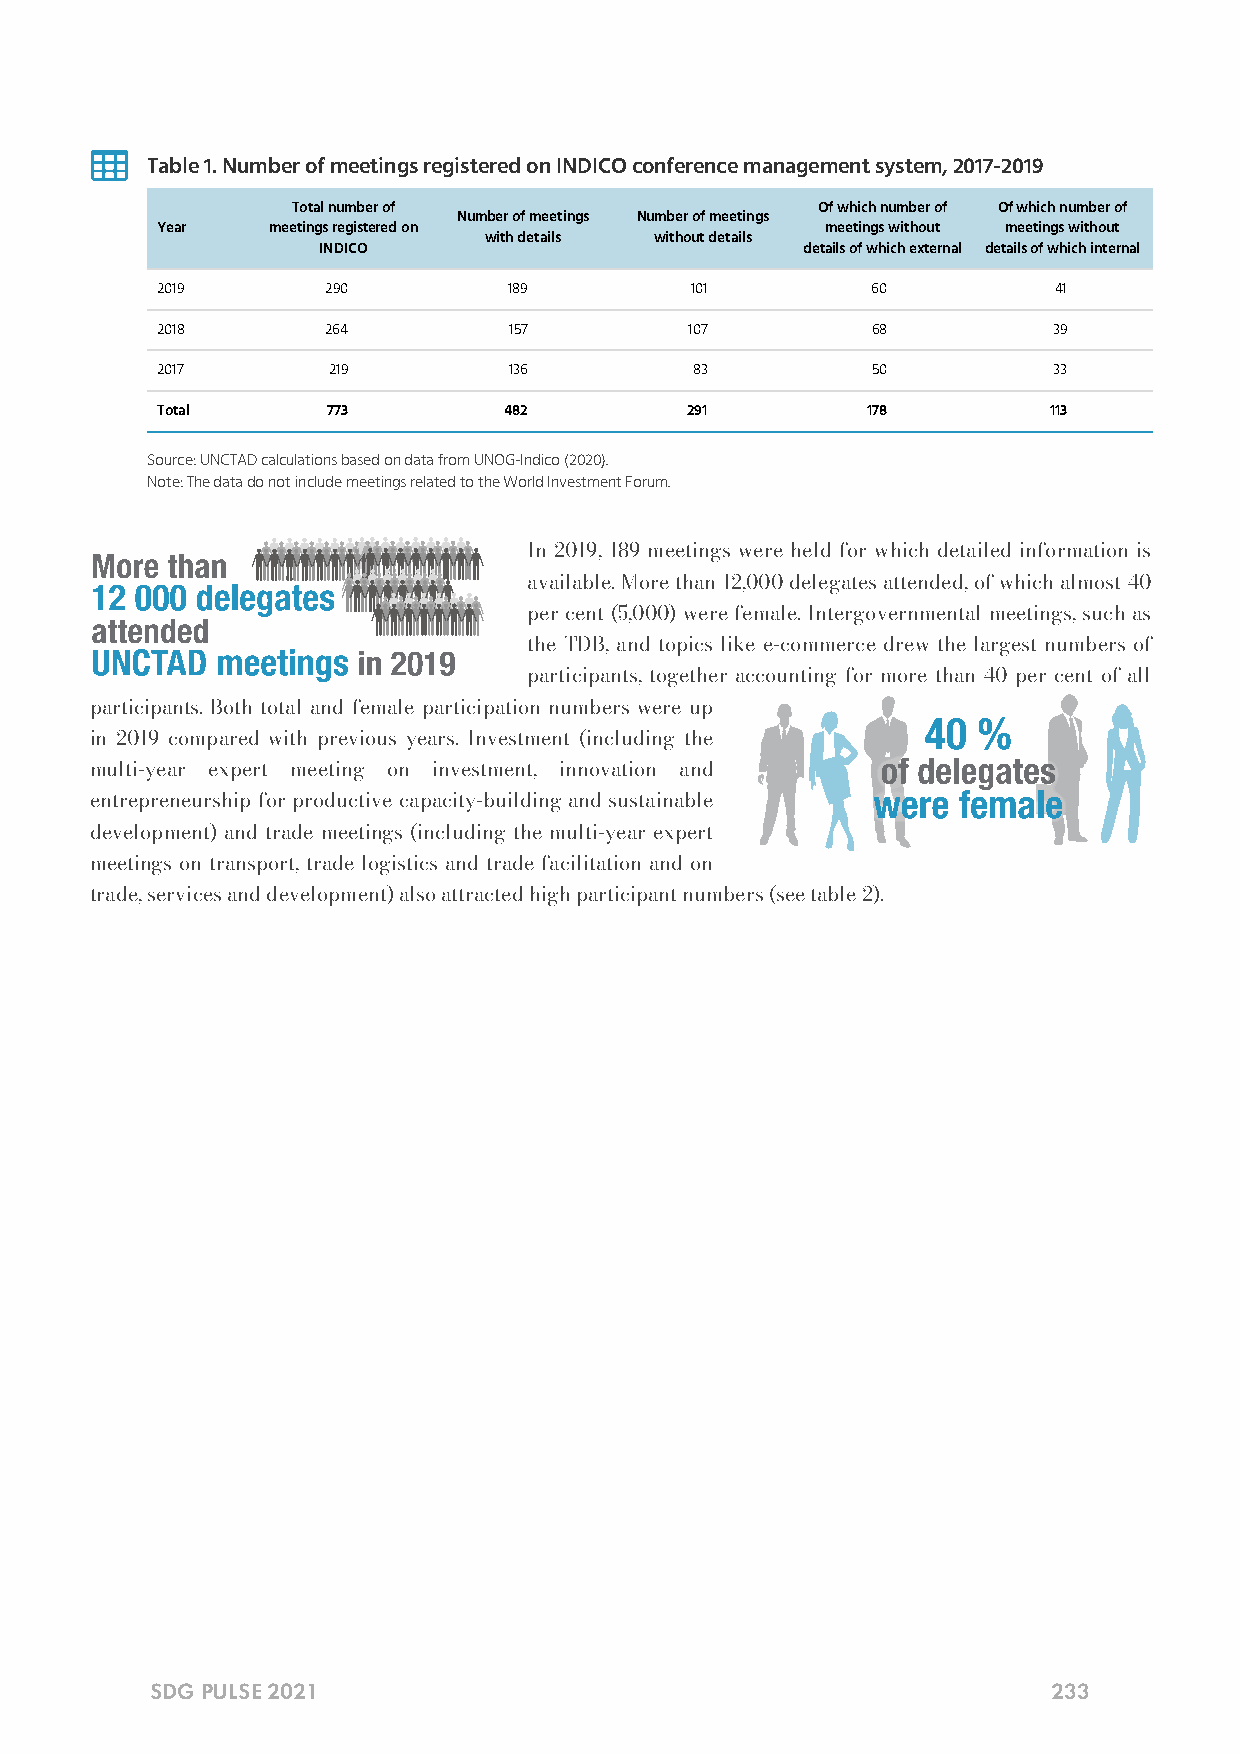

 Table 1. Number of meetings registered on INDICO conference management system, 2017-2019
 Total number of                    Of which number of Of which number of
 Number of meetings Number of meetings
 Year    meetings registered on               meetings without meetings without
 with details without details
 INDICO                          details of which external details of which internal
 2019        290         189         101         60          41
 2018        264         157         107         68          39
 2017        219         136         83          50          33
 Total       773        482         291         178         113
 Source: UNCTAD calculations based on data from UNOG-Indico (2020).
 Note: The data do not include meetings related to the World Investment Forum.
 In 2019, 189 meetings were held for which detailed information is
 available. More than 12,000 delegates attended, of which almost 40
 per cent (5,000) were female. Intergovernmental meetings, such as
 the TDB, and topics like e-commerce drew the largest numbers of
 participants, together accounting for more than 40 per cent of all
 participants. Both total and female participation numbers were up
 in 2019 compared with previous years. Investment (including the
 multi-year expert meeting on investment, innovation and
 entrepreneurship for productive capacity-building and sustainable
 development) and trade meetings (including the multi-year expert
 meetings on transport, trade logistics and trade facilitation and on
 trade, services and development) also attracted high participant numbers (see table 2).
 SDG PULSE 2021                                              233